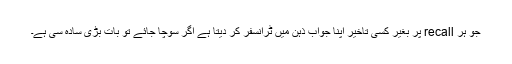
جو ہر recall پر بغیر کسی تاخیر اپنا جواب ذہن میں ٹرانسفر کر دیتا ہے اگر سوچا جائے تو بات بڑی سادہ سی ہے۔